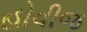
હોવીજ